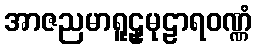
အာဇညမာရူဠှမုဠာရဝဏ္ဏံ